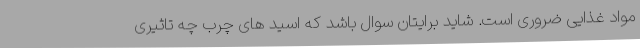
مواد غذایی ضروری است. شاید برایتان سوال باشد که اسید های چرب چه تاثیری